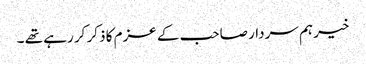
خیر ہم سردار صاحب کے عزم کا ذکر کر رہے تھے ۔